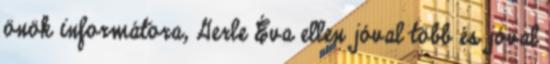
önök informátora, Gerle Éva ellen jóval több és jóval